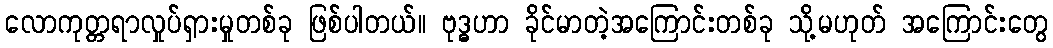
လောကုတ္တရာလှုပ်ရှားမှုတစ်ခု ဖြစ်ပါတယ်။ ဗုဒ္ဓဟာ ခိုင်မာတဲ့အကြောင်းတစ်ခု သို့မဟုတ် အကြောင်းတွေ